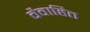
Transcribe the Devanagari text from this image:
वैवाहित